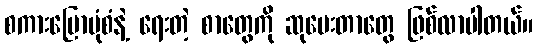
စကားပြောပုံစံနဲ့ ရေးတဲ့ စာတွေကို ဆုပေးတာတွေ ဖြစ်လာပါတယ်။